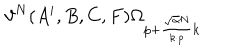
\vartheta ^ { N } ( A ^ { i } , B , C , F ) \Omega _ { p + { \frac { \sqrt { \alpha } N } { k \cdot p } } k }